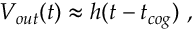
V _ { o u t } ( t ) \approx h ( t - t _ { c o g } ) ~ ,